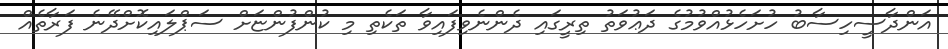
އަންދާސީހިސާބު ހުށަހެޅުއްވުމުގެ ދަޢުވަތު ތިރީގައި ދެންނެވިފައިވާ ތަކެތި މި ކުންފުންޏަށް ސަޕްލައިކޮށްދޭނެ ފަރާތެއް